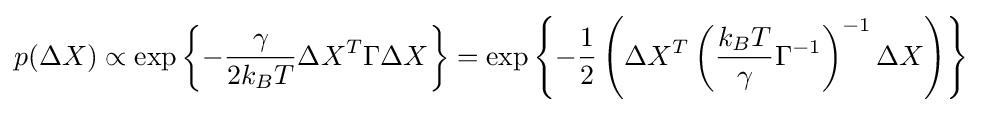
p(\Delta X)\propto \exp \left\{-{\frac {\gamma }{2k_{B}T}}\Delta X^{T}\Gamma \Delta X\right\}=\exp \left\{-{\frac {1}{2}}\left(\Delta X^{T}\left({\frac {k_{B}T}{\gamma }}\Gamma ^{-1}\right)^{-1}\Delta X\right)\right\}